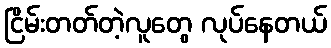
ငြိမ်းတတ်တဲ့လူတွေ လုပ်နေတယ်